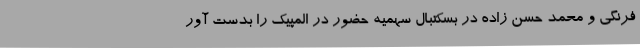
فرنگی و محمد حسن زاده در بسکتبال سهمیه حضور در المپیک را بدست آور